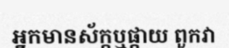
អ្នកមានស័ក្កឬផ្កាយ ពួកវា